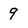
Character: 9